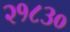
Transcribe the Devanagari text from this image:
२१८३०